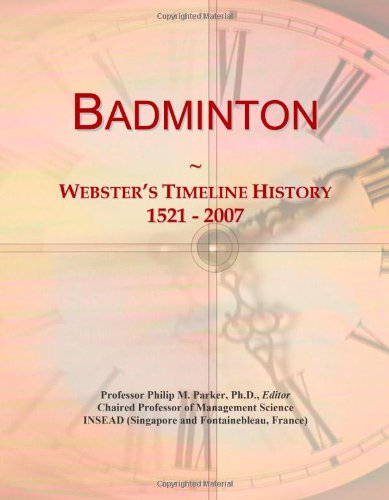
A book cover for Badminton: Webster's Timeline History, 1521 - 2007; Icon Group International; Sports & Outdoors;